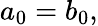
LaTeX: a_{0}=b_{0},